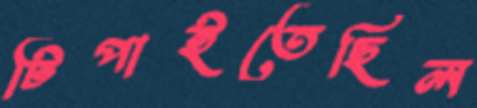
টিপাইতেছিল